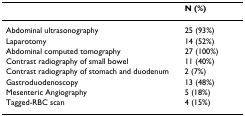
<table><thead><tr><td></td><td><b>N (%)</b></td></tr></thead><tbody><tr><td>Abdominal ultrasonography</td><td>25 (93%)</td></tr><tr><td>Laparotomy</td><td>14 (52%)</td></tr><tr><td>Abdominal computed tomography</td><td>27 (100%)</td></tr><tr><td>Contrast radiography of small bowel</td><td>11 (40%)</td></tr><tr><td>Contrast radiography of stomach and duodenum</td><td>2 (7%)</td></tr><tr><td>Gastroduodenoscopy</td><td>13 (48%)</td></tr><tr><td>Mesenteric Angiography</td><td>5 (18%)</td></tr><tr><td>Tagged-RBC scan</td><td>4 (15%)</td></tr></tbody></table>